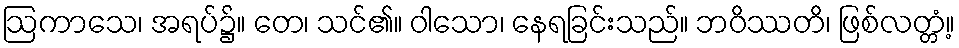
ဩကာသေ၊ အရပ်၌။ တေ၊ သင်၏။ ဝါသော၊ နေရခြင်းသည်။ ဘဝိဿတိ၊ ဖြစ်လတ္တံ့။